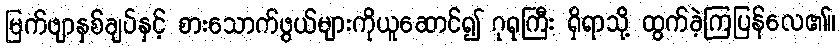
မြက်ဖျာနှစ်ချပ်နှင့် စားသောက်ဖွယ်များကိုယူဆောင်၍ ဂုရုကြီး ရှိရာသို့ ထွက်ခဲ့ကြပြန်လေ၏။